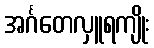
အင်္ဂတေလှူရကျိုး